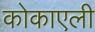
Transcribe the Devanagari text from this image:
कोकाएली